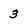
Character: 3